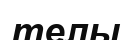
телы